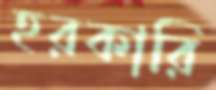
হরকারি